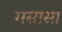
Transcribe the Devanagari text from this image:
मसासा